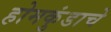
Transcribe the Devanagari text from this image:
होमकुंडाचे